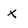
Character: x